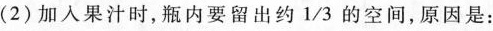
(2)加入果汁时，瓶内要留出约1/3的空间，原因是：